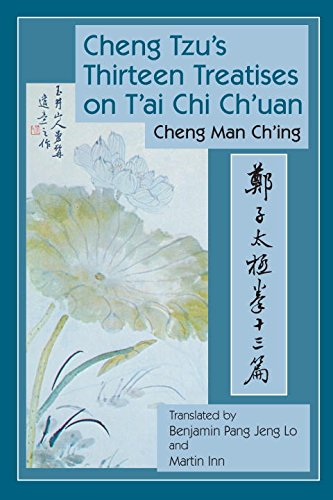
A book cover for Cheng Tzu's Thirteen Treatises on T'ai Chi Ch'uan; Cheng Man Ch'Ing; Health, Fitness & Dieting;